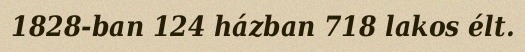
1828-ban 124 házban 718 lakos élt.